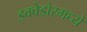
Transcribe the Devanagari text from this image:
इक्वेडोरमध्ये